Report of the Indian Hemp Drugs Commission, 1894-1895 - Volume V
Year: 1894
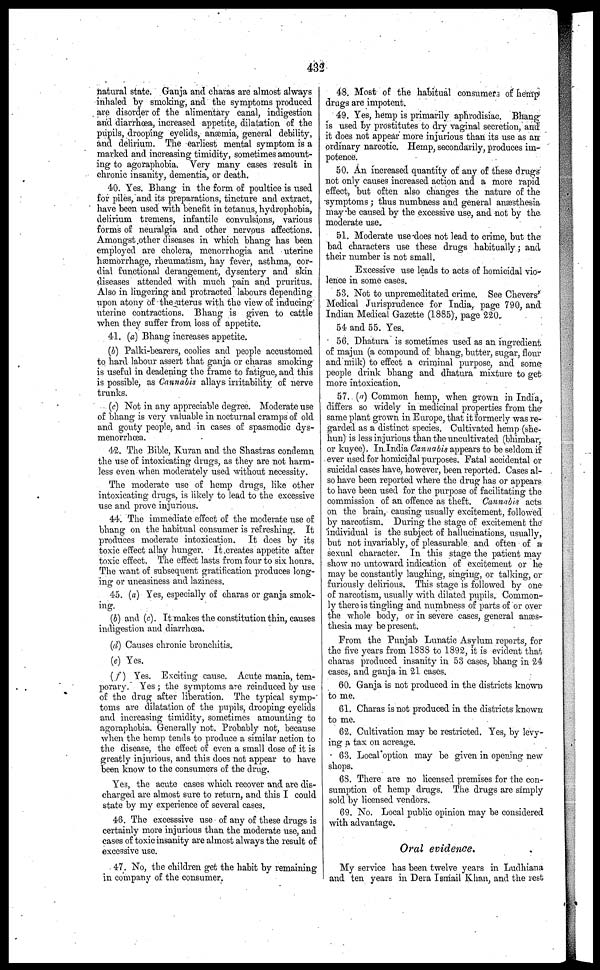
432
natural state. Ganja and charas are almost always
inhaled by smoking, and the symptoms produced
are disorder of the alimentary canal, indigestion
and diarrhœa, increased appetite, dilatation of the
pupils, drooping eyelids, anaemia, general debility,
and delirium. The earliest mental symptom is a
marked and increasing timidity, sometimes amount-
ing to agoraphobia. Very many cases result in
chronic insanity, dementia, or death.
40. Yes. Bhang in the form of poultice is used
for piles, and its preparations, tincture and extract,
have been used with benefit in tetanus, hydrophobia,
delirium tremens, infantile convulsions, various
forms of neuralgia and other nervous affections.
Amongst other diseases in which bhang has been
employed are cholera menorrhogia and uterine
haemorrhage, rheumatism, hay fever, asthma, cor-
dial functional derangement, dysentery and skin
diseases attended with much pain and pruritus.
Also in lingering and protracted labours depending
upon atony of the uterus with the view of inducing
urterine contractions. Bhang is given to cattle
when they suffer from loss of appetite.
41. (a) Bhang increases appetite.
(b) Palki-bearers, coolies and people accustomed
to hard labour assert that ganja or charas smoking
is useful in deadening the frame to fatigue, and this
is possible, as Cannabis allays irritability of nerve
trunks.
(c) Not in any appreciable degree. Moderate use
of bhang is very valuable in nocturnal cramps of old
and gouty people, and in cases of spasmodic dys-
menorrhcea.
42. The Bible, Kuran and the Shastras condemn
the use of intoxicating drugs, as they are not harm-
less even when moderately used without necessity.
The moderate use of hemp drugs, like other
intoxicating drugs, is likely to lead to the excessive
use and prove injurious.
44. The immediate effect of the moderate use of
bhang on the habitual consumer is refreshing. It
produces moderate intoxication. It does by its
toxic effect allay hunger. It creates appetite after
toxic effect. The effect lasts from four to six hours.
The want of subsequent gratification produces long-
ing or uneasiness and laziness.
45. (a) Yes, especially of charas or ganja smok-
ing.
(b) and (c). It makes the constitution thin, causes
indigestion and diarrhoea.
(d) Causes chronic bronchitis.
(e) Yes.
(f) Yes. Exciting cause. Acute mania, tem-
porary. Yes ; the symptoms are reinduced by use
of the drug after liberation. The typical symp-
toms are dilatation of the pupils, drooping eyelids
and increasing timidity, sometimes amounting to
agoraphobia. Generally not. Probably not, because
when the hemp tends to produce a similar action to
the disease, the effect of even a small dose of it is
greatly injurious, and this docs not appear to have
been know to the consumers of the drug.
Yes, the acute cases which recover and are dis-
charged are almost sure to return, and this I could
state by my experience of several cases.
46. The excesssive use of any of these drugs is
certainly more injurious than the moderate use, and
cases of toxic insanity are almost always the result of
excessive use.
47. No, the children get the habit by remaining
in company of the consumer.
48. Most of the habitual consumers of hemp
drugs are impotent.
49. Yes, hemp is primarily aphrodisiac. Bhang
is used by prostitutes to dry vaginal secretion, and
it does not appear more injurious than its use as an
ordinary narcotic. Hemp, secondarily, produces im-
potence.
50. An increased quantity of any of these drugs
not only causes increased action and a more rapid
effect, but often also changes the nature of the
symptoms ; thus numbness and general anaesthesia
maybe caused by the excessive use, and not by the.
moderate use.
51. Moderate use-does not lead to crime, but the
bad characters use these drugs habitually; and
their number is not small.
Excessive use leads to acts of homicidal vio-
lence in some cases.
53. Not to unpremeditated crime. See Chevers'
Medical Jurisprudence for India, page 790, and
Indian Medical Gazette (1885), page 220.
54 and 55. Yes.
56. Dhatura is sometimes used as an ingredient
of majun (a compound of bhang, butter, sugar, flour
and milk) to effect a criminal purpose, and some
people drink bhang and dhatura mixture to get
more intoxication.
57. (a) Common hemp, when grown in India,
differs so widely in medicinal properties from the
same plant grown in Europe, that it formerly was re-
garded as a distinct species. Cultivated hemp (she-
hun) is less injurious than the uncultivated (bhimbar,
or kuyee). In India Cannabis appears to be seldom if
ever used for homicidal purposes. Fatal accidental or
suicidal cases have, however, been reported. Cases al-
so have been reported where the drug has or appears
to have been used for the purpose of facilitating the
commission of an offence as theft. Cannabis acts
on the brain, causing usually excitement, followed
by narcotism. During the stage of excitement the
individual is the subject of hallucinations, usually,
but not invariably, of pleasurable and often of a
sexual character. In this stage the patient may
show no untoward indication of excitement or he
may be constantly laughing, singing, or talking, or
furiously delirious. This stage is followed by one
of narcotism, usually with dilated pupils. Common-
ly there is tingling and numbness of parts of or over
the whole body, or in severe cases, general anaes-
thesia may be present.
From the Punjab Lunatic Asylum reports, for
the five years from 1888 to 1892, it is evident that,
charas produced insanity in 53 cases, bhang in 24
eases, and ganja in 21 cases.
60. Ganja is not produced in the districts known
to me.
61. Charas is not produced in the districts known
to me.
62. Cultivation may be restricted. Yes, by levy-
ing a tax on acreage.
63. Local option may be given in opening new-
shops.
68. There are no licensed premises for the con-
sumption of hemp drags. The drugs are simply
sold by licensed vendors.
69. No. Local public opinion may be considered
with advantage.
Oral evidence.
My service has been twelve years in Ludhiana
and ten years in Dera Ismail Khan, and the rest